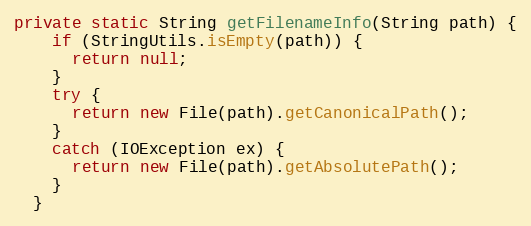
Language: Java
private static String getFilenameInfo(String path) {
    if (StringUtils.isEmpty(path)) {
      return null;
    }
    try {
      return new File(path).getCanonicalPath();
    }
    catch (IOException ex) {
      return new File(path).getAbsolutePath();
    }
  }